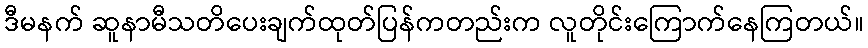
ဒီမနက် ဆူနာမီသတိပေးချက်ထုတ်ပြန်ကတည်းက လူတိုင်းကြောက်နေကြတယ်။